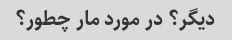
دیگر؟ در مورد مار چطور؟